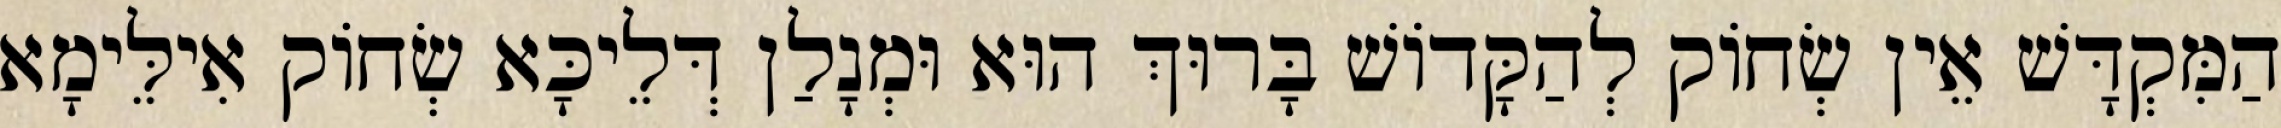
הַמִּקְדָּשׁ אֵין שְׂחוֹק לְהַקָּדוֹשׁ בָּרוּךְ הוּא וּמְנָלַן דְּלֵיכָּא שְׂחוֹק אִילֵּימָא